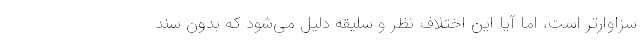
سزاوارتر است، اما آیا این اختلاف نظر و سلیقه دلیل می‌شود که بدون سند